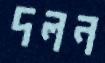
দলন